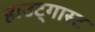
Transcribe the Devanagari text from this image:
हाउट्गास्ट